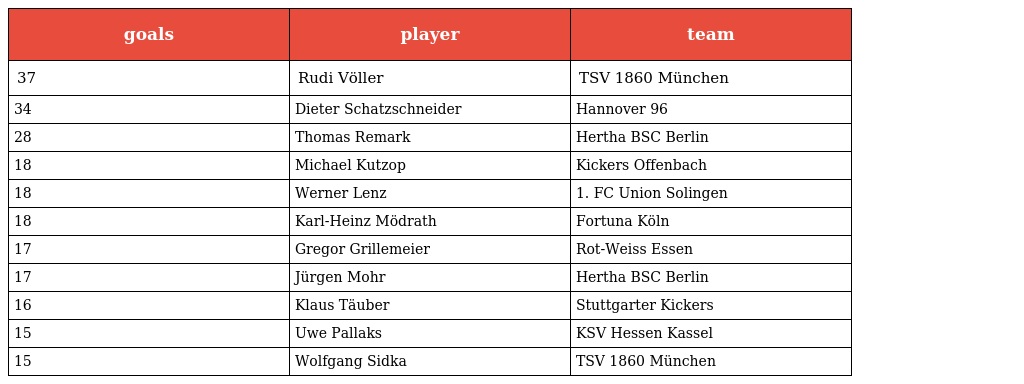
| goals | player | team |
 | --- | --- | --- |
 | 37 | Rudi Völler | TSV 1860 München |
 | 34 | Dieter Schatzschneider | Hannover 96 |
 | 28 | Thomas Remark | Hertha BSC Berlin |
 | 18 | Michael Kutzop | Kickers Offenbach |
 | 18 | Werner Lenz | 1. FC Union Solingen |
 | 18 | Karl-Heinz Mödrath | Fortuna Köln |
 | 17 | Gregor Grillemeier | Rot-Weiss Essen |
 | 17 | Jürgen Mohr | Hertha BSC Berlin |
 | 16 | Klaus Täuber | Stuttgarter Kickers |
 | 15 | Uwe Pallaks | KSV Hessen Kassel |
 | 15 | Wolfgang Sidka | TSV 1860 München |